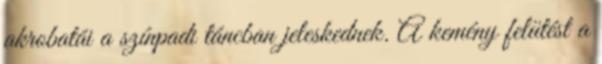
akrobatái a színpadi táncban jeleskednek. A kemény felütést a